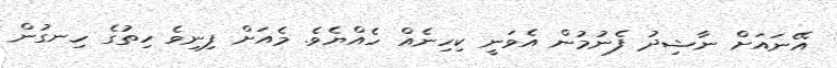
އޭނައަށް ނާޝިދު ފެނުމުން އެވަނީ ކިހިނެއް ހެއްޔެވެ. މެއަށް ފިނިވެ ހިތުގެ ހިނގުން